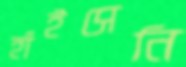
হাঁইসেনি